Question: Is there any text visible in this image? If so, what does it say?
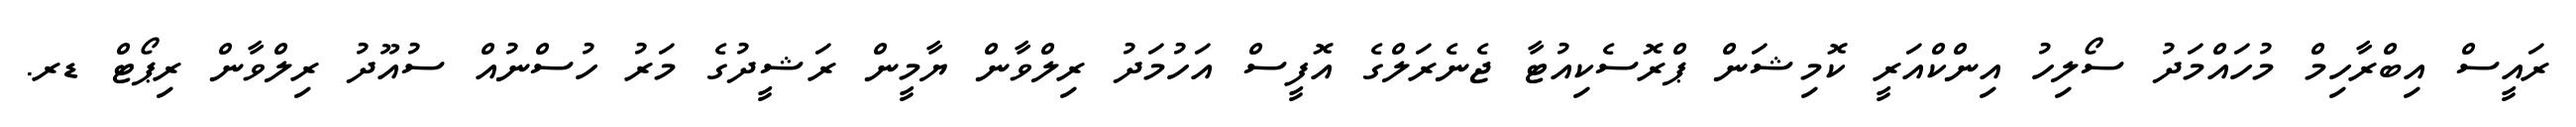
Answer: ރައީސް އިބްރާހިމް މުހައްމަދު ސޯލިހު އިންކްއަރީ ކޮމިޝަން ޕްރޮސެކިއުޓާ ޖެނެރަލްގެ އޮފީސް އަހުމަދު ރިލްވާން ޔާމީން ރަޝީދުގެ މަރު ހުސްނުއް ސުއޫދު ރިލްވާން ރިޕޯޓް ޑރ.